Indian journal of veterinary science and animal husbandry - Volume 4,
Year: 1934
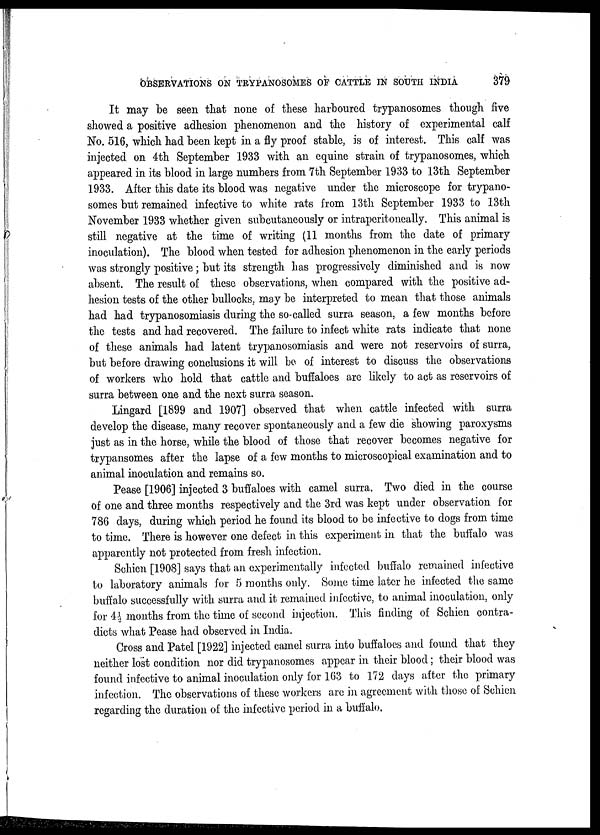
OBSERVATIONS ON TRYPANOSOMES OF CATTLE IN SOUTH INDIA
379
It may be seen that none of these harboured trypanosomes though five
showed a positive adhesion phenomenon and the history of experimental calf
No. 516, which had been kept in a fly proof stable, is of interest. This calf was
injected on 4th September 1933 with an equine strain of trypanosomes, which
appeared in its blood in large numbers from 7th September 1933 to 13th September
1933. After this date its blood was negative under the microscope for trypano-
somes but remained infective to white rats from 13th September 1933 to 13th
November 1933 whether given subcutaneously or intraperitoneally. This animal is
still negative at the time of writing (11 months from the date of primary
inoculation). The blood when tested for adhesion phenomenon in the early periods
was strongly positive; but its strength has progressively diminished and is now
absent. The result of these observations, when compared with the positive ad-
hesion tests of the other bullocks, may be interpreted to mean that those animals
had had trypanosomiasis during the so-called surra season, a few months before
the tests and had recovered. The failure to infect white rats indicate that none
of these animals had latent trypanosomiasis and were not reservoirs of surra,
but before drawing conclusions it will be of interest to discuss the observations
of workers who hold that cattle and buffaloes are likely to act as reservoirs of
surra between one and the next surra season.
Lingard [1899 and 1907] observed that when cattle infected with surra
develop the disease, many recover spontaneously and a few die showing paroxysms
just as in the horse, while the blood of those that recover becomes negative for
trypansomes after the lapse of a few months to microscopical examination and to
animal inoculation and remains so.
Pease [1906] injected 3 buffaloes with camel surra. Two died in the course
of one and three months respectively and the 3rd was kept under observation for
786 days, during which period he found its blood to be infective to dogs from time
to time. There is however one defect in this experiment in that the buffalo was
apparently not protected from fresh infection.
Schien [1908] says that an experimentally infected buffalo remained infective
to laboratory animals for 5 months only. Some time later he infected the same
buffalo successfully with surra and it remained infective, to animal inoculation, only
for 4½ months from the time of second injection. This finding of Schien contra-
dicts what Pease had observed in India.
Cross and Patel [1922] injected camel surra into buffaloes and found that they
neither lost condition nor did trypanosomes appear in their blood; their blood was
found infective to animal inoculation only for 163 to 172 days after the primary
infection. The observations of these workers are in agreement with those of Schien
regarding the duration of the infective period in a buffalo.